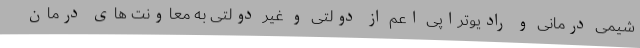
شیمی درمانی و رادیوتراپی اعم از دولتی و غیر دولتی به معاونت های درمان